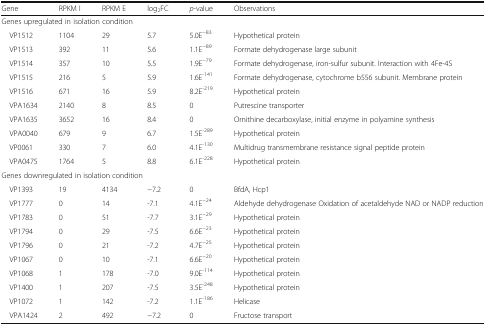
| Gene | RPKM I | RPKM E | log2FC | p-value | Observations |
 | --- | --- | --- | --- | --- | --- |
 | <COLSPAN=6> Genes upregulated in isolation condition |
 | VP1512 | 1104 | 29 | 5.7 | 5.0E−83 | Hypothetical protein |
 | VP1513 | 392 | 11 | 5.6 | 1.1E−89 | Formate dehydrogenase large subunit |
 | VP1514 | 357 | 10 | 5.5 | 1.9E−79 | Formate dehydrogenase, iron-sulfur subunit. Interaction with 4Fe-4S |
 | VP1515 | 216 | 5 | 5.9 | 1.6E-141 | Formate dehydrogenase, cytochrome b556 subunit. Membrane protein |
 | VP1516 | 671 | 16 | 5.9 | 8.2E-219 | Hypothetical protein |
 | VPA1634 | 2140 | 8 | 8.5 | 0 | Putrescine transporter |
 | VPA1635 | 3652 | 16 | 8.4 | 0 | Ornithine decarboxylase, initial enzyme in polyamine synthesis |
 | VPA0040 | 679 | 9 | 6.7 | 1.5E-289 | Hypothetical protein |
 | VP0061 | 330 | 7 | 6.0 | 4.1E-130 | Multidrug transmembrane resistance signal peptide protein |
 | VPA0475 | 1764 | 5 | 8.8 | 6.1E-228 | Hypothetical protein |
 | <COLSPAN=6> Genes downregulated in isolation condition |
 | VP1393 | 19 | 4134 | −7.2 | 0 | BfdA, Hcp1 |
 | VP1777 | 0 | 14 | -7.1 | 4.1E−24 | Aldehyde dehydrogenase Oxidation of acetaldehyde NAD or NADP reduction |
 | VP1783 | 0 | 51 | -7.7 | 3.1E−29 | Hypothetical protein |
 | VP1794 | 0 | 29 | -7.5 | 6.6E−23 | Hypothetical protein |
 | VP1796 | 0 | 21 | -7.2 | 4.7E−25 | Hypothetical protein |
 | VP1067 | 0 | 10 | -7.1 | 6.6E−20 | Hypothetical protein |
 | VP1068 | 1 | 178 | -7.0 | 9.0E-114 | Hypothetical protein |
 | VP1400 | 1 | 207 | -7.5 | 3.5E-248 | Hypothetical protein |
 | VP1072 | 1 | 142 | -7.2 | 1.1E-186 | Helicase |
 | VPA1424 | 2 | 492 | −7.2 | 0 | Fructose transport |